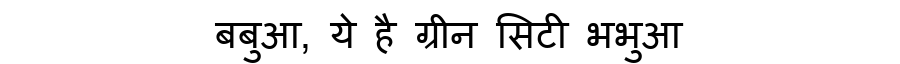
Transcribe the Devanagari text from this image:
बबुआ, ये है ग्रीन सिटी भभुआ